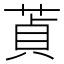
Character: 𦵄